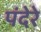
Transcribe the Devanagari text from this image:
पंदेरे